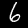
Digit: 6